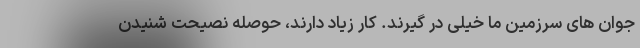
جوان های سرزمین ما خیلی در گیرند. کار زیاد دارند، حوصله نصیحت شنیدن